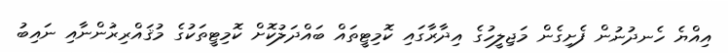
އިއްޔެ ހެނދުނުން ފެށިގެން މަޖިލީހުގެ އިދާރާގައި ކޮމިޓީތައް ބައްދަލުކޮށް ކޮމިޓީތަކުގެ މުޤައްރިރުންނާއި ނައިބު